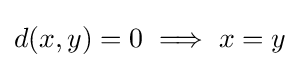
d(x,y)=0\implies x=y